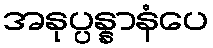
အနုပ္ပန္နာနံပေ